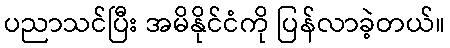
ပညာသင်ပြီး အမိနိုင်ငံကို ပြန်လာခဲ့တယ်။